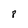
Character: 8